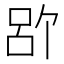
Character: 𪡉